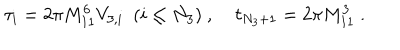
\tau _ { i } = { 2 \pi M _ { 1 1 } ^ { 6 } V _ { 3 , i } } \ \ ( i \leq N _ { 3 } ) \ , \quad \tau _ { N _ { 3 } + 1 } = { 2 \pi M _ { 1 1 } ^ { 3 } } \ .